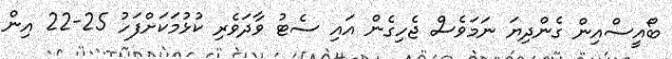
ބޯއީސްއިން ގެންދިޔަ ނަމަވެސް ޖެހިގެން އައި ސެޓު ވާދަވެރި ކުޅުމަކަށްފަހު 25-22 އިން